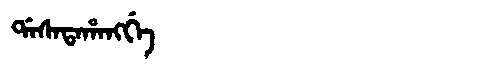
Manchu: ᡩᠠᠰᠠᡨᠠᡥᠠᠩᡤᡝ
Romanization: DASATAHANGGE